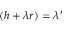
( h + \lambda r ) = \lambda ^ { \prime }